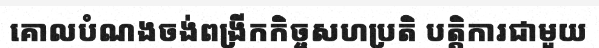
គោលបំណងចង់ពង្រីកកិច្ចសហប្រតិ បត្តិការជាមួយ